Civil Veterinary Dept. North-West Frontier Province 1923-32 - 1923-1932
Year: 1923
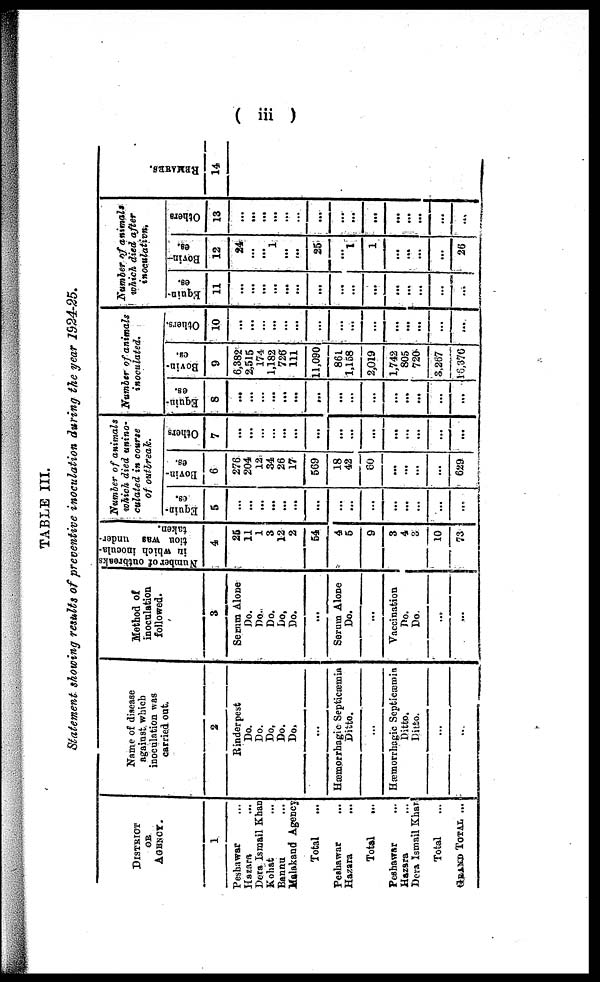
( iii )
TABLE III.
Statement showing results of preventive inoculation during the year 1924-25.
DISTRICT
OR
AGENCY.
1
Peshawar ...
Hazara ...
Dera Ismail Khan
Kohat ...
Bannu ...
Malakand Agency
Total
Peshawar ...
Hazara ...
Total ...
Peshawar ...
Hazara ...
Dera Ismail Khan ...
Total
GRAND TOTAL ...
Name of disease
against which
inoculation was
carried out.
2
Rinderpest
Do.
Do.
Do.
Do.
Do.
...
Hæmorrhagic Septicæmia
Ditto.
...
Hæmorrhagic Septicæmia
Ditto.
Ditto.
...
...
Method of
inoculation
followed.
3
Serum Alone
Do.
Do.
Do.
Do.
Do.
...
Serum Alone
Do.
...
Vaccination
Do.
Do.
...
...
Number of outbreaks
in which inocula-
tion
was under-
taken.
4
25
11
1
3
12
2
54
4
5
9
3
4
3
10
73
Number of animals
which died unino-
culaled in course
of outbreak.
Equin-
es.
5
...
...
...
...
...
...
...
...
...
...
...
...
...
...
...
Bovin-
es.
6
276
204
12
34
26
17
569
18
42
80
...
...
...
...
629
Others
7
...
...
...
...
...
...
...
...
...
...
...
...
...
...
...
Number of animals
inoculated.
Equin-
8
...
...
...
...
...
...
...
...
...
...
...
...
...
...
...
Bovin-
es.
9
6,382
2,515
174
1,182
726
111
11,090
861
1,158
2,019
1,742
805
720
3,267
16,376
Others.
10
...
...
...
...
...
...
...
...
...
...
...
...
...
...
...
Number of animals
which died after
inoculation.
es.
11
...
...
...
...
...
...
...
...
...
...
...
...
...
...
...
Bovin-
es.
12
24
...
1
...
...
25
...
1
1
...
...
...
...
26
Others
13
...
...
...
...
...
...
...
...
...
...
...
...
...
...
...
RE MARKS .
14